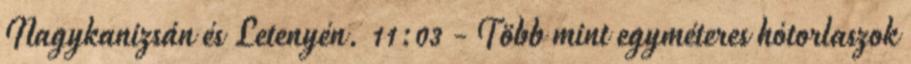
Nagykanizsán és Letenyén. 11:03 - Több mint egyméteres hótorlaszok